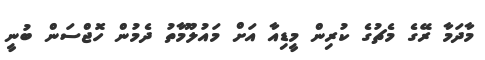
މާދަމާ ރޭގެ މެޗުގެ ކުރިން މީޑިއާ އަށް މައުލޫމާތު ދެމުން ހޮޖްސަން ބުނީ